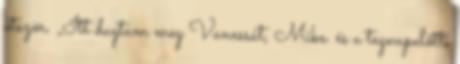
ötször. „Itt dugtam meg Vanessát, Mike. és a tegnapelőtti